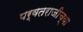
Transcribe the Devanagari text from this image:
पर्वतराजीच्या